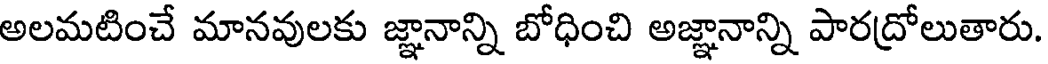
అలమటించే మానవులకు జ్ఞానాన్ని బోధించి అజ్ఞానాన్ని పారద్రోలుతారు.